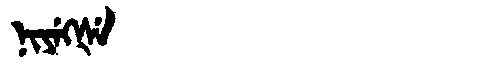
Manchu: ᠨᡳᠶᡝᡴᡧᡝ
Romanization: NIYEKŠE